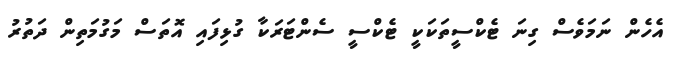
އެހެން ނަމަވެސް ގިނަ ޓެކްސީތަކަކީ ޓެކްސީ ސެންޓަރަކާ ގުޅިފައި އޮތަސް މަގުމަތިން ދަތުރު